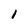
Character: I